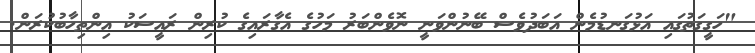
"ހަގީގަތުގައި އަޅުގަނޑުމެން އަބަދުވެސް ބޭނުންވަނީ ނޮވެންބަރު މަހުގެ އެގާރައިގެ ކުރިން ރައީސަކު އިންތިހާބުކުރަން.